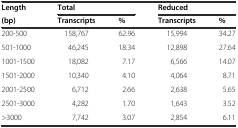
<table><thead><tr><td><b>Length</b></td><td colspan="2"><b>Total</b></td><td colspan="2"><b>Reduced</b></td></tr><tr><td><b>(bp)</b></td><td><b>Transcripts</b></td><td><b>%</b></td><td><b>Transcripts</b></td><td><b>%</b></td></tr></thead><tbody><tr><td>200-500</td><td>158,767</td><td>62.96</td><td>15,994</td><td>34.27</td></tr><tr><td>501-1000</td><td>46,245</td><td>18.34</td><td>12,898</td><td>27.64</td></tr><tr><td>1001-1500</td><td>18,082</td><td>7.17</td><td>6,566</td><td>14.07</td></tr><tr><td>1501-2000</td><td>10,340</td><td>4.10</td><td>4,064</td><td>8.71</td></tr><tr><td>2001-2500</td><td>6,712</td><td>2.66</td><td>2,638</td><td>5.65</td></tr><tr><td>2501-3000</td><td>4,282</td><td>1.70</td><td>1,643</td><td>3.52</td></tr><tr><td>&gt;3000</td><td>7,742</td><td>3.07</td><td>2,854</td><td>6.11</td></tr></tbody></table>